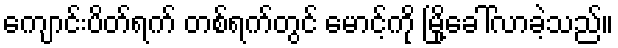
ကျောင်းပိတ်ရက် တစ်ရက်တွင် မောင့်ကို မြို့ခေါ်လာခဲ့သည်။